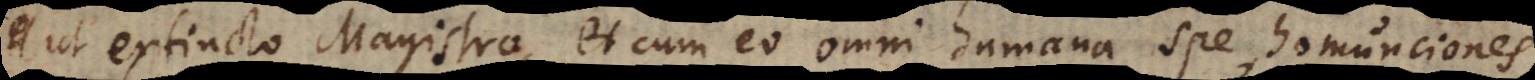
a ut extincto Magistro, et cum eo omni humana spe, homunciones